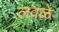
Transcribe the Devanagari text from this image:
लवळे